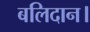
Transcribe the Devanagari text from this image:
बलिदान।